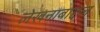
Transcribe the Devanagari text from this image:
लेखनाबाद्दल